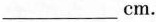
___cm.